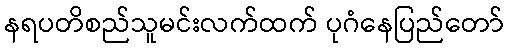
နရပတိစည်သူမင်းလက်ထက် ပုဂံနေပြည်တော်